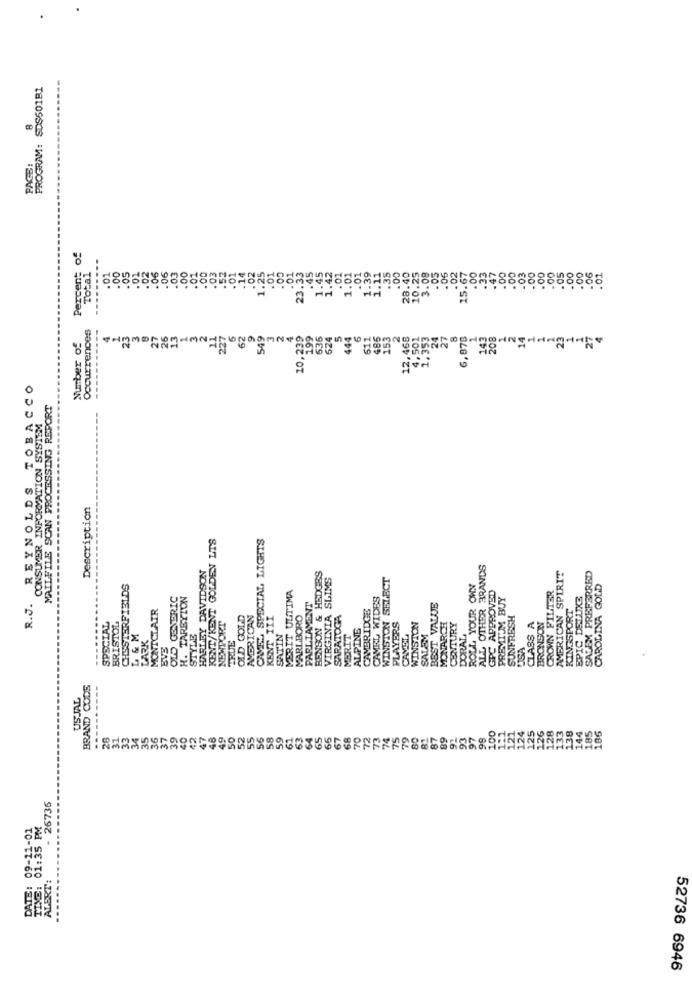
PROGRAM: SDS601B1
8
Percent of
Total
.00
.01
.00
25
23.33
.45
1.45
1.42
.00
28.40
10.25
15.67
.00
.33
47
.00
01
00
.02
.06
.00
.03
.03
.01
.01
1.01
.01
1.39
1.11
.35
3.08
.05
.06
.02
03
.00
.05
.00
Occurrences
227
ENUNGO JOWUND
62
549
10,239
199
535
624
444
6
611
485
153
2
12,468
4.501
1,353
24
27
6,878
Number of
UNGOMNES
TOBACCO
MAILFILE SCAN PROCESSING REPORT
CONSUMER INFORMATION SYSTEM
REYNOLDS
Description
KENT/KENT GOLDEN LTS
CAMEL SPECIAL, LIGHTS
DAVIDSON
ALL OTHER BRANDS
BENSON & HEDGES
VIRGINIA SLIMS
WINSTON SELECT
AMERICAN SPIRIT
SALEM PREFERRED
CHESTERFIELDS
MERIT ULTIMA
ROLL YOUR OWN
APPROVED
CROWN FILTSR
CAROLINA GOLD
OLD GENERIC
H. TARBYTON
PARLIAMENT
CAMEL WIDES
PREMI'M BUY
SPIC DSLUKS
R.J.
MONTCLAIR
CAMBRIDGE
BEST VALUE
KINGSPORT
OLD GOLD
AMERICAN
KENT III
MARLBORO
SARATOGA
SUNFRESH
BRONSON
SPECIAL
BRISTOL
NEWPORT
ALPINE
PLAYERS
WINSTON
MONARCH
CENTURY
CLASS A
LARK
STYLE
TRUE
SATIN
MERIT
CAVEL
SALEM
DORAL
EVE
USA
BRAND CODS
USJAL
28
31
33
34
35
36
37
39
40
42
49
125
126
128
- 26736
1:35 PM
85
RT:
52736 6946